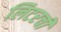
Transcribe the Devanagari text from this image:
लिटरची